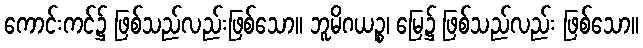
ကောင်းကင်၌ ဖြစ်သည်လည်းဖြစ်သော။ ဘူမိဂယဉ္စ၊ မြေ၌ ဖြစ်သည်လည်း ဖြစ်သော။